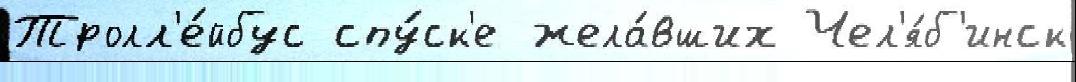
Тролл'е́йбус спу́ск'е жела́вших Чел'я́б'инск